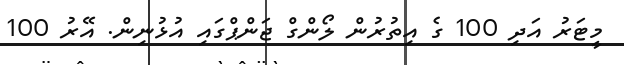
މީޓަރު އަދި 100 ގެ އިތުރުން ލޯންގް ޖަންޕްގައި އުޅުނިން. އޭރު 100